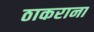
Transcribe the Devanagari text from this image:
ठाकराना